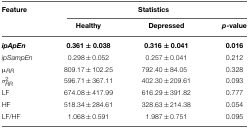
| Feature | <COLSPAN=3> Statistics |
 |  | Healthy | Depressed | p-value |
 | --- | --- | --- | --- |
 | ipApEn | 0.361 ± 0.038 | 0.316 ± 0.041 | 0.016 |
 | ipSampEn | 0.298 ± 0.052 | 0.257 ± 0.041 | 0.212 |
 | μRR | 809.17 ± 102.25 | 792.40 ± 84.05 | 0.328 |
 | σ2RR | 596.71 ± 367.11 | 402.30 ± 209.61 | 0.093 |
 | LF | 674.08 ± 417.99 | 616.29 ± 391.82 | 0.777 |
 | HF | 518.34 ± 284.61 | 328.63 ± 214.38 | 0.054 |
 | LF/HF | 1.068 ± 0.591 | 1.987 ± 0.751 | 0.095 |